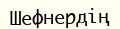
Шефнердің